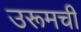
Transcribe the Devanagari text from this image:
उरूमची